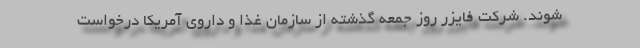
شوند. شرکت فایزر روز جمعه گذشته از سازمان غذا و داروی آمریکا درخواست